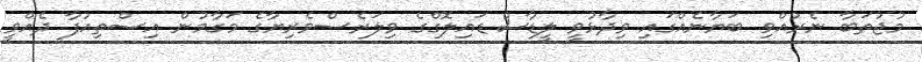
މުޖުތަބާ ނެރުއްވި ބަޔާނެއްގައި ވިދާޅުވީ ލީޑާސް ޑައިލޮގްގެ ވިލަރެސްވެރިޔާގެ މަގާމުން އިސްތިއުފާ ދެއްވީ